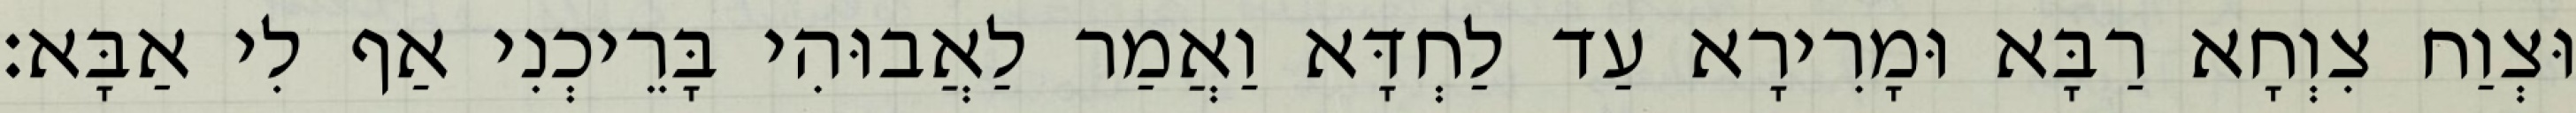
וּצְוַח צִוְחָא רַבָּא וּמָרִירָא עַד לַחְדָּא וַאֲמַר לַאֲבוּהִי בָּרֵיכְנִי אַף לִי אַבָּא׃